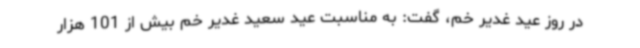
در روز عید غدیر خم، گفت: به مناسبت عید سعید غدیر خم بیش از 101 هزار